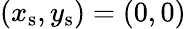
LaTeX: (x_{\mathrm{{s}}},y_{\mathrm{{s}}})=(0,0)